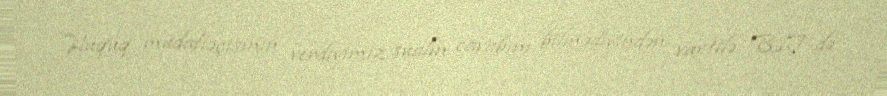
Hüquq müdafiəçisinin verdiyimiz sualın cavabını bilmədiyindən vaxtilə BİT-də